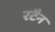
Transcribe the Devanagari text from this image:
रटैन